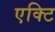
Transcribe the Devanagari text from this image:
एक्टि